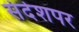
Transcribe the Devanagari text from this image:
संदेशपर